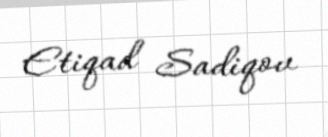
Etiqad Sadiqov